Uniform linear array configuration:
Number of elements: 32
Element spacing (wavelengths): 0.5
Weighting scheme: hann
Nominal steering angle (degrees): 45
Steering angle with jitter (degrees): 46.157
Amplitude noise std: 0.05
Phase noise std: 0.05

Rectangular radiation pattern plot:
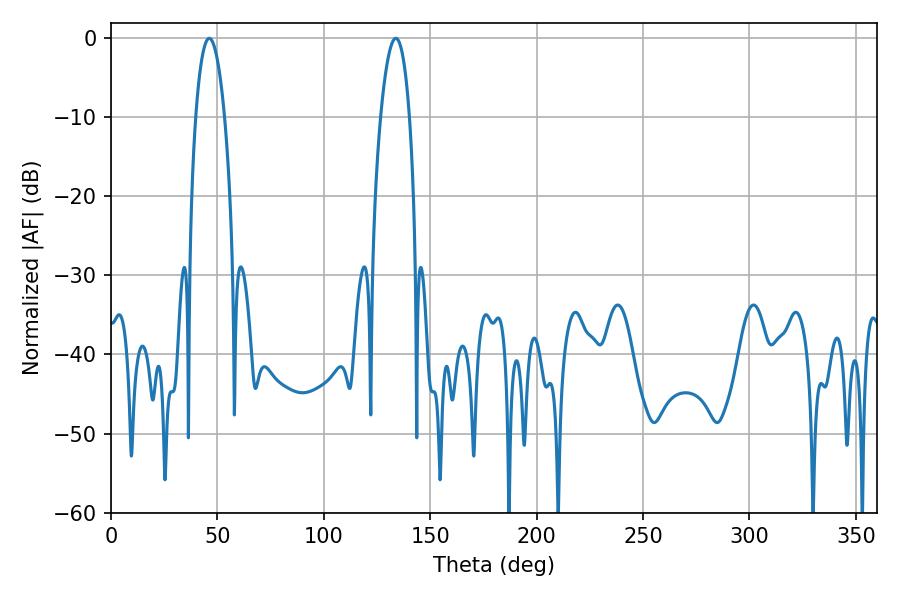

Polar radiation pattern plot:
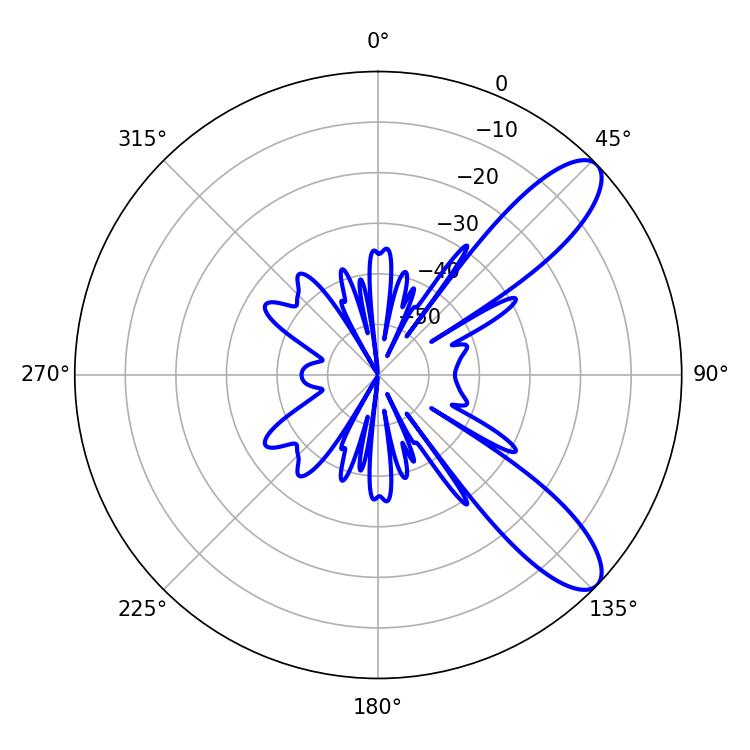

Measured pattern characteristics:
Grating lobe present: FALSE
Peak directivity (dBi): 9.92
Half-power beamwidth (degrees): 7.56
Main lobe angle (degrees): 46.08